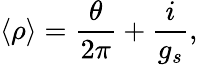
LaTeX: \langle\rho\rangle=\frac{\theta}{2\pi}+\frac{i}{g_{s}},